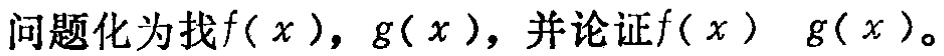
问题化为找\(f(x)\)，\(g(x)\)，并论证\(f(x)\)  \(g(x)\)。